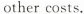
other costs.